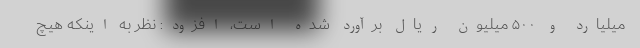
میلیارد و ۵۰۰ میلیون ریال برآورد شده است، افزود: نظر به اینکه هیچ